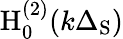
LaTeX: \mathrm{H}_{0}^{(2)}(k\Delta_{\mathrm{S}})